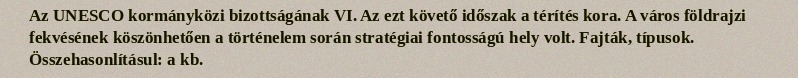
Az UNESCO kormányközi bizottságának VI. Az ezt követő időszak a térítés kora. A város földrajzi fekvésének köszönhetően a történelem során stratégiai fontosságú hely volt. Fajták, típusok. Összehasonlításul: a kb.